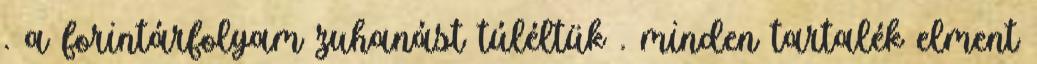
. a forintárfolyam zuhanást túléltük . minden tartalék elment